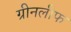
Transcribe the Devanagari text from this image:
ग्रीनलीफ